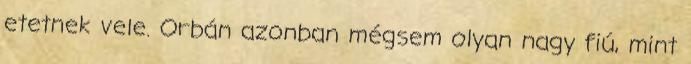
etetnek vele. Orbán azonban mégsem olyan nagy fiú, mint